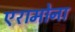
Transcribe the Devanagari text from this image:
एरामोना